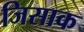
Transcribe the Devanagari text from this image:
जिसाक